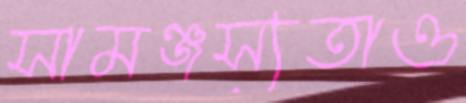
সামঞ্জস্যতাও